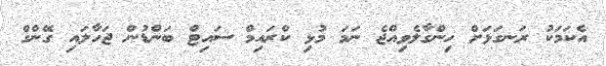
އެކަމަކު ރަނގަޅަށް ހިންގާލެވިއްޖެ ނަމަ މުޅި ކްރައިމް ސައިޓް ބަންޑުން ޖަހާލައި ގޭންގް